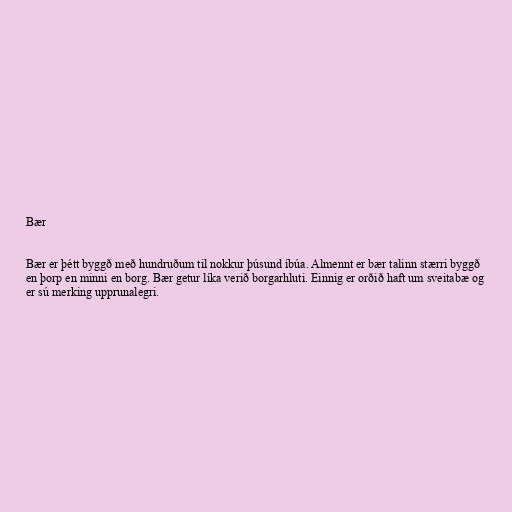
Bær

Bær er þétt byggð með hundruðum til nokkur þúsund íbúa. Almennt er bær talinn stærri byggð
en þorp en minni en borg. Bær getur líka verið borgarhluti. Einnig er orðið haft um sveitabæ og
er sú merking upprunalegri.